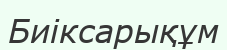
Биіксарықұм